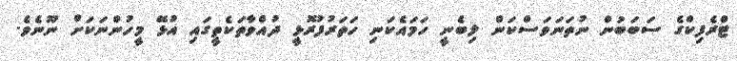
ޓްރެފިކްގެ ސަބަބުން ނުތަނަވަސްކަން ލިބެނީ ހަމައެކަނި ހަތަރުފުރޮޅީ ދުއްވާތަކެތީގައި އުޅޭ މީހުންނަކަށް ނޫނެވެ.